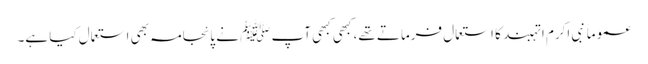
عموماً نبی اکرم ا تہبند کا استعمال فرماتے تھے، کبھی کبھی آپ ﷺ نے پائجامہ بھی استعمال کیا ہے۔